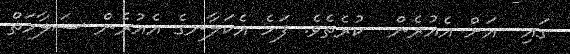
ގައި  އަށް އެއުރެން  ކުރެތެވެ. ފަހެ އެކަލާނގެ އެއުރެން ސަލާމަތް